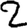
Digit: 2